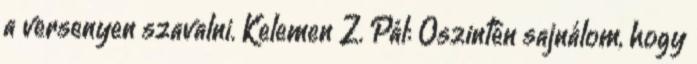
a versenyen szavalni. Kelemen Z. Pál: Őszintén sajnálom, hogy